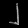
Digit: ၂